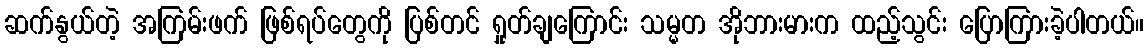
ဆက်နွယ်တဲ့ အကြမ်းဖက် ဖြစ်ရပ်တွေကို ပြစ်တင် ရှုတ်ချကြောင်း သမ္မတ အိုဘားမားက ထည့်သွင်း ပြောကြားခဲ့ပါတယ်။